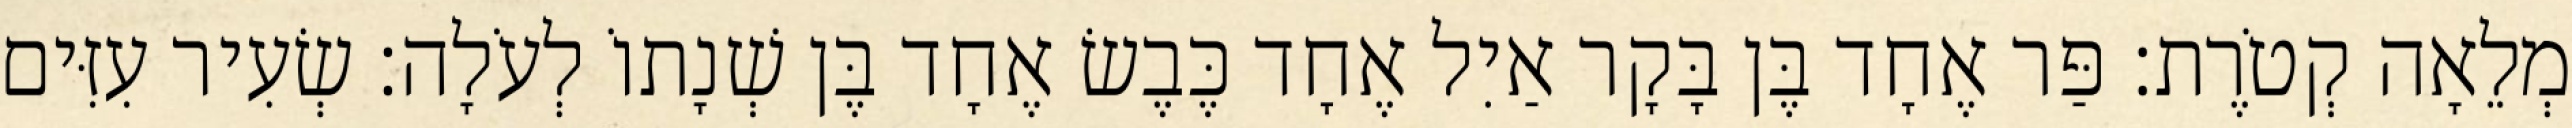
מְלֵאָה קְטֹרֶת׃ פַּר אֶחָד בֶּן בָּקָר אַיִל אֶחָד כֶּבֶשׂ אֶחָד בֶּן שְׁנָתוֹ לְעֹלָה׃ שְׂעִיר עִזִּים